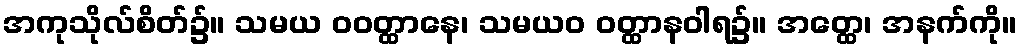
အကုသိုလ်စိတ်၌။ သမယ ဝဝတ္ထာနေ၊ သမယဝ ဝတ္ထာနဝါရ၌။ အတ္ထေ၊ အနက်ကို။